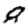
Digit: 8